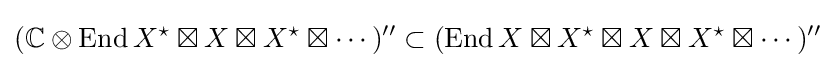
(\mathbb {C} \otimes \mathrm {End} \,X^{\star }\boxtimes X\boxtimes X^{\star }\boxtimes \cdots )^{\prime \prime }\subset (\mathrm {End} \,X\boxtimes X^{\star }\boxtimes X\boxtimes X^{\star }\boxtimes \cdots )^{\prime \prime }